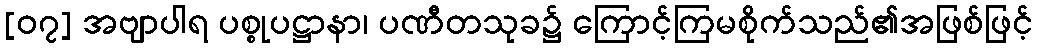
[၀၇] အဗျာပါရ ပစ္စုပဋ္ဌာနာ၊ ပဏီတသုခ၌ ကြောင့်ကြမစိုက်သည်၏အဖြစ်ဖြင့်